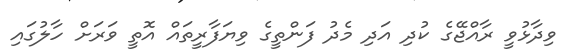
ވިދާޅުވީ ރާއްޖޭގެ ކުދި އަދި މެދު ފަންތީގެ ވިޔަފާރީތައް އޮތީ ވަރަށް ހާލުގައި